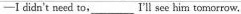
-1 didn't need to,___ I'll see him tomorrow.